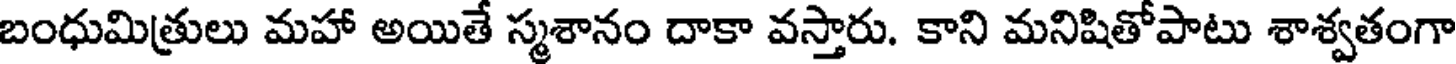
బంధుమిత్రులు మహా అయితే స్మశానం దాకా వస్తారు. కాని మనిషితోపాటు శాశ్వతంగా